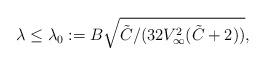
LaTeX: \begin{align*} \lambda \leq \lambda_0 := B \sqrt{ \tilde C / (32 V_\infty^2 (\tilde C + 2))} ,\end{align*}